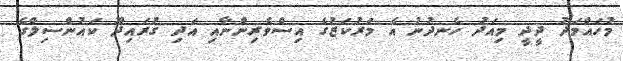
މުހައްމަދު ދީދީ މިއަދު ހެނދުނު އެ މަރުކަޒުގެ އިސްވެރިންނާއި އަދި ގުރައިދޫ ކައުންސިލްގެ